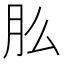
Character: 𬁲